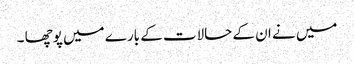
میں نے ان کے حالات کے بارے میں پوچھا ۔